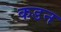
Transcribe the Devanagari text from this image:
कडन